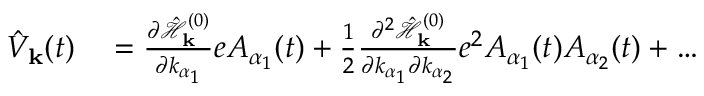
\begin{array} { r l } { \hat { V } _ { \mathbf { k } } ( t ) } & { { } = \frac { \partial \hat { \mathcal { H } } _ { \mathbf { k } } ^ { ( 0 ) } } { \partial k _ { \alpha _ { 1 } } } e A _ { \alpha _ { 1 } } ( t ) + \frac { 1 } { 2 } \frac { \partial ^ { 2 } \hat { \mathcal { H } } _ { \mathbf { k } } ^ { ( 0 ) } } { \partial k _ { \alpha _ { 1 } } \partial k _ { \alpha _ { 2 } } } e ^ { 2 } A _ { \alpha _ { 1 } } ( t ) A _ { \alpha _ { 2 } } ( t ) + \hdots } \end{array}